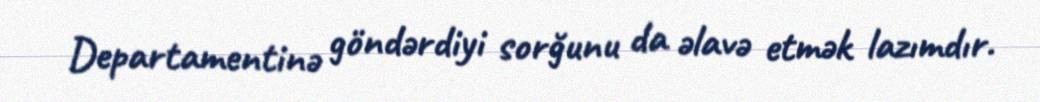
Departamentinə göndərdiyi sorğunu da əlavə etmək lazımdır.